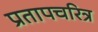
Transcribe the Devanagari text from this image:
प्रतापचरित्र